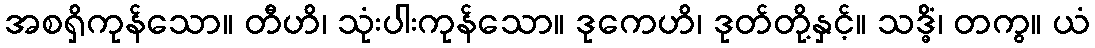
အစရှိကုန်သော။ တီဟိ၊ သုံးပါးကုန်သော။ ဒုကေဟိ၊ ဒုတ်တို့နှင့်။ သဒ္ဓိံ၊ တကွ။ ယံ